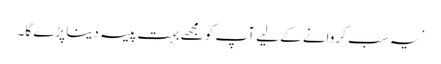
’یہ سب کروانے کے لیے آپ کو مجھے بہت پیسہ دینا پڑے گا۔